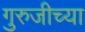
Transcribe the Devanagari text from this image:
गुरुजीच्या